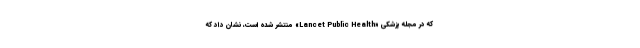
که در مجله پزشکی «Lancet Public Health» منتشر شده است، نشان داد که